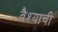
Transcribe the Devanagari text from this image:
वैश्याची